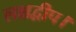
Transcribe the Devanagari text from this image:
लक्षद्वीप।